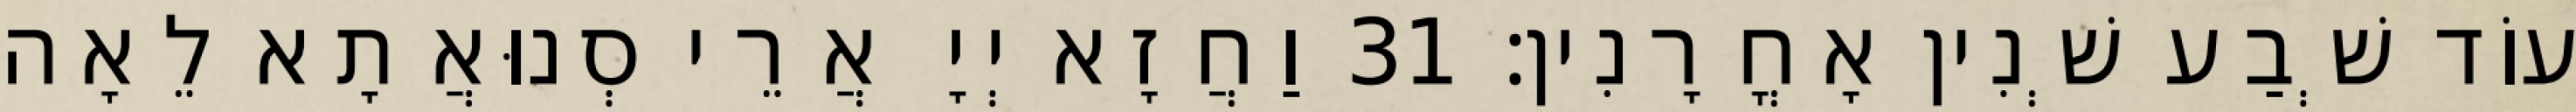
עוֹד שְׁבַע שְׁנִין אָחֳרָנִין׃ 31 וַחֲזָא יְיָ אֲרֵי סְנוּאֲתָא לֵאָה